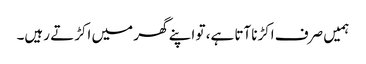
ہمیں صرف اکڑناآتا ہے، تو اپنے گھر میں اکڑتے رہیں۔